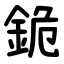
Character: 䤥